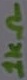
Text: 1KΩ